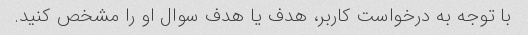
با توجه به درخواست کاربر، هدف یا هدف سوال او را مشخص کنید.